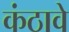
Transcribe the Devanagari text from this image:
कंठावे